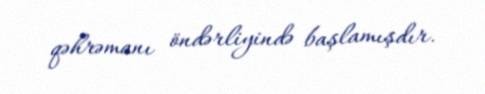
qəhrəmanı öndərliyində başlamışdır.